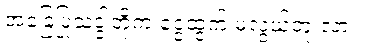
အခြေပြုသဒ္ဒါတို့က ငွေထွက် မလွယ်ဘူးလား။